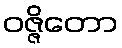
ဝဇ္ဇိတော